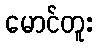
မောင်တူး